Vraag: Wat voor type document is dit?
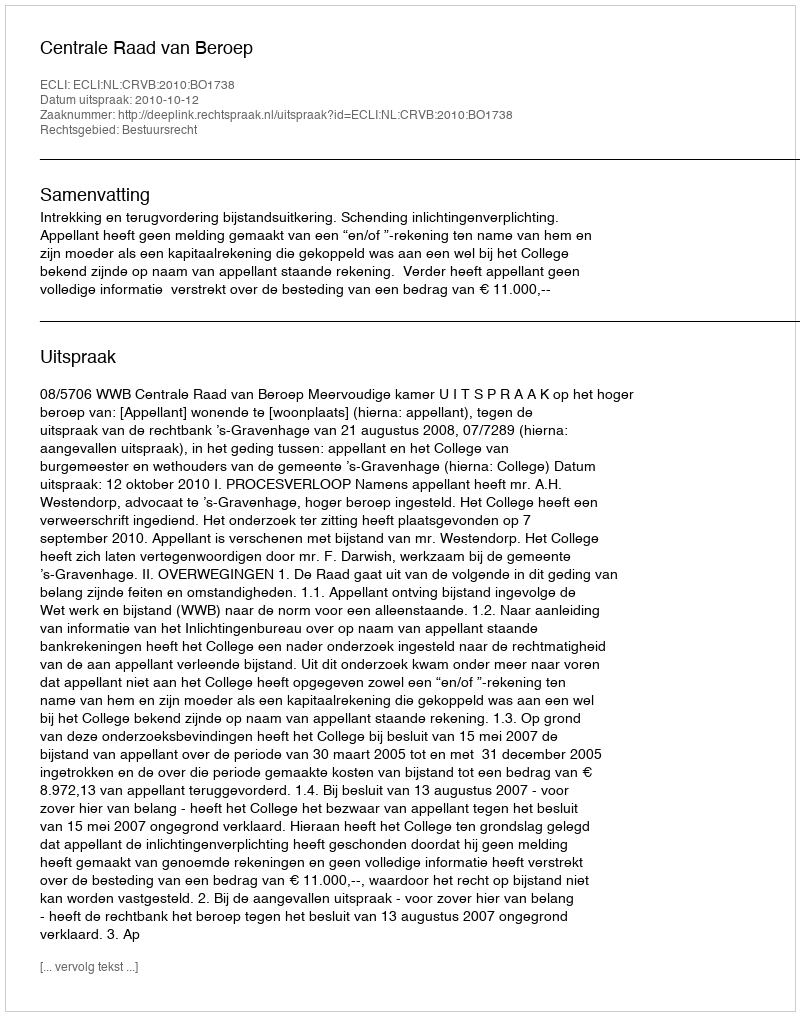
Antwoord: Uitspraak